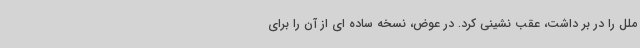
ملل را در بر داشت، عقب نشینی کرد. در عوض، نسخه ساده ای از آن را برای